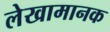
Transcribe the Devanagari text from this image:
लेखामानक